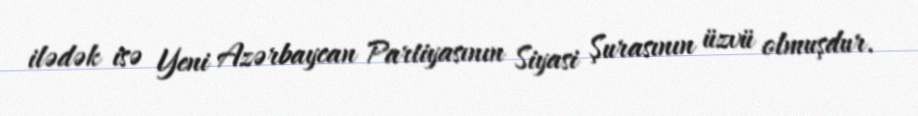
ilədək isə Yeni Azərbaycan Partiyasının Siyasi Şurasının üzvü olmuşdur.